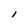
Character: l